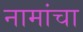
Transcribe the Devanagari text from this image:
नामांचा